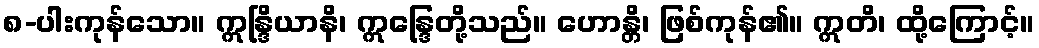
၈-ပါးကုန်သော။ ဣန္ဒြိယာနိ၊ ဣန္ဒြေတို့သည်။ ဟောန္တိ၊ ဖြစ်ကုန်၏။ ဣတိ၊ ထို့ကြောင့်။